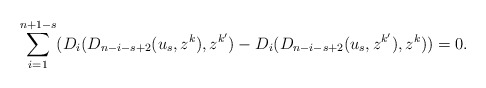
\begin{align*}\sum_{i=1}^{n+1-s}(D_i(D_{n-i-s+2}(u_s,z^k),z^{k'})-D_i(D_{n-i-s+2}(u_s,z^{k'}),z^k))=0.\end{align*}